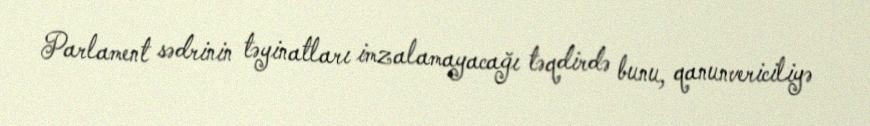
Parlament sədrinin təyinatları imzalamayacağı təqdirdə bunu, qanunvericiliyə